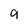
Character: 9